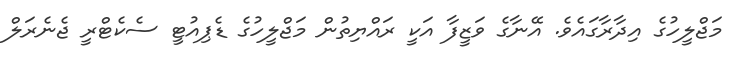
މަޖްލީހުގެ އިދާރާގައެވެ. އޭނާގެ ވަޒީފާ އަކީ ރައްޔިތުން މަޖްލީހުގެ ޑެޕިއުޓީ ސެކެޓްރީ ޖެނެރަލް